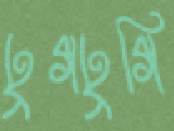
ঢুগঢুগি